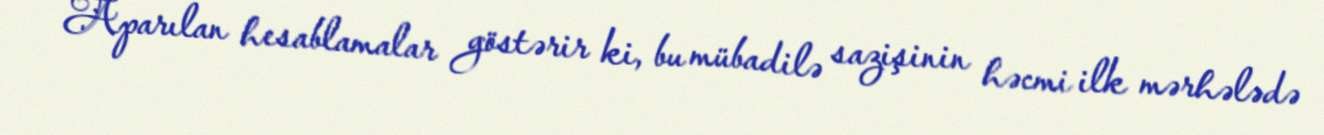
Aparılan hesablamalar göstərir ki, bu mübadilə sazişinin həcmi ilk mərhələdə